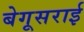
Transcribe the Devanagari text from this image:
बेगूसराई